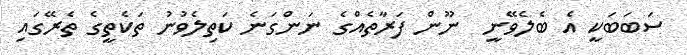
ސަބަބަކީ އެ ބެލެވޭނީ  ނޫން ފަރާތެއްގެ ނަންގަނެ ކަތިލެވުނު ތަކެތީގެ ތެރޭގައި